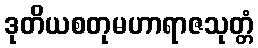
ဒုတိယစတုမဟာရာဇသုတ္တံ